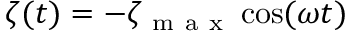
\zeta ( t ) = - \zeta _ { \mathrm { ~ m ~ a ~ x ~ } } \cos ( \omega t )